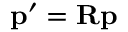
\mathbf { p } ^ { \prime } = \mathbf { R } \mathbf { p }